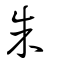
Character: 朱